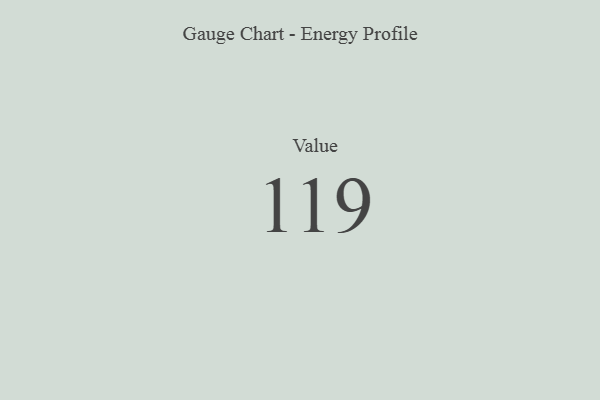
{"axis": {"x": "Metric", "y": "Value"}, "legend": [""], "data": [{"x": "Value", "y": 119, "type": ""}]}